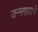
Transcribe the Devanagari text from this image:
जन्मगावाचे